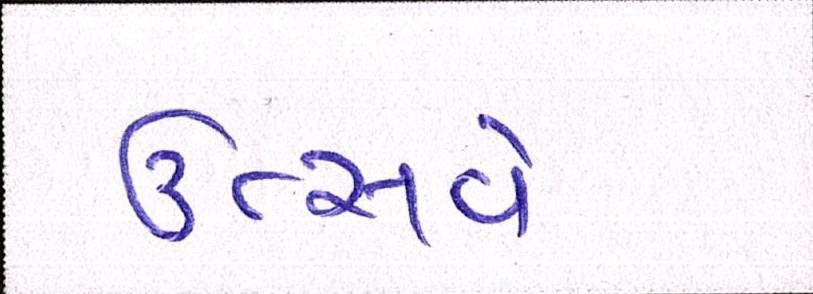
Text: ઉત્સવે